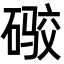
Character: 𪿫